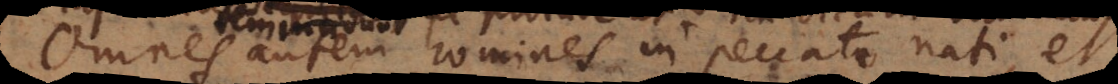
Omnes autem homines in peccato nati, et